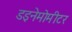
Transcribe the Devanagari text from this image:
डइनेमोमीटर